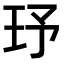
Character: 𤤂